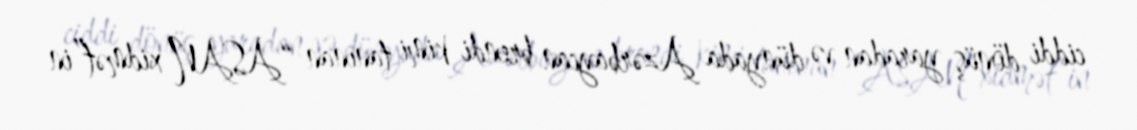
ciddi dönüş yaradan və dünyada Azərbaycan brendi kimi tanınan “ASAN xidmət”in